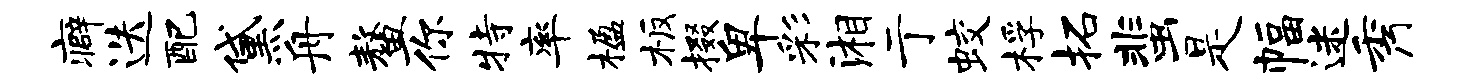
癖迭配黛舟鳌你特率楹板掇卑彩湘亍蛟桴拓蜚是幅迷秀